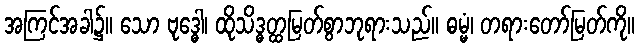
အကြင်အခါ၌။ သော ဗုဒ္ဓေါ၊ ထိုသိဒ္ဓတ္ထမြတ်စွာဘုရားသည်။ ဓမ္မံ၊ တရားတော်မြတ်ကို။